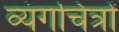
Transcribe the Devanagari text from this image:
व्यंगचित्रों